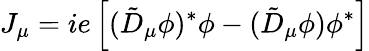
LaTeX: J_{\mu}=ie\left[(\tilde{D}_{\mu}\phi)^{*}\phi-(\tilde{D}_{\mu}\phi)\phi^{*}\right]